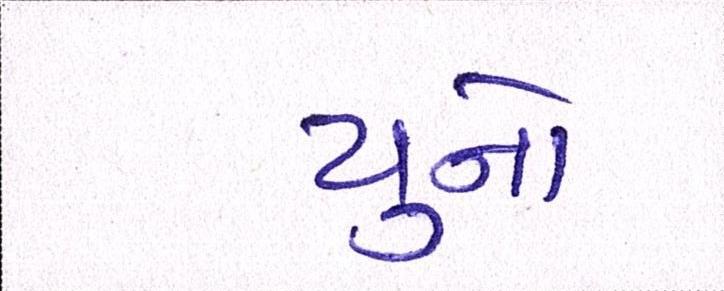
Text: યુનો